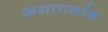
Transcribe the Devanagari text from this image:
असतानांच